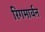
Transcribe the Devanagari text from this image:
रिगमार्वन